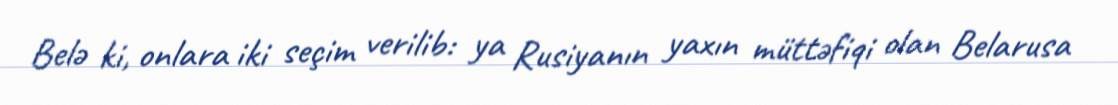
Belə ki, onlara iki seçim verilib: ya Rusiyanın yaxın müttəfiqi olan Belarusa